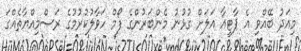
މިއަދު ބޭއްވި އެ ޕާޓީއާ އަލަށް ގުޅުނު މެންބަރުންގެ ފޯމް ހަވާލުކުރުމުގެ ރަސްމިއްޔާތެއްގަ